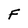
Character: F